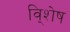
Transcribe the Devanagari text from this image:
वि्शेष